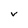
Character: v